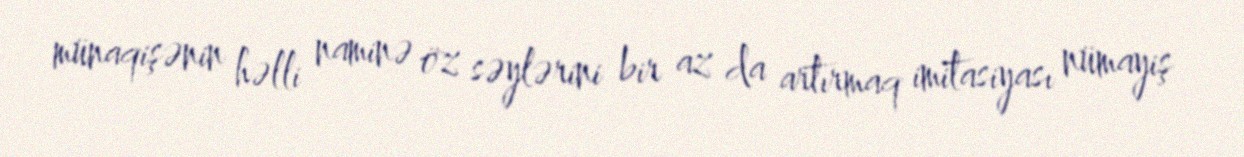
münaqişənin həlli naminə öz səylərini bir az da artırmaq imitasiyası nümayiş